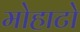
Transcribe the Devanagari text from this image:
मोहाटो